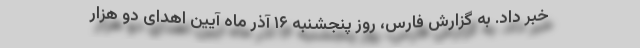
خبر داد. به گزارش فارس، روز پنجشنبه ۱۶ آذر ماه آیین اهدای دو هزار